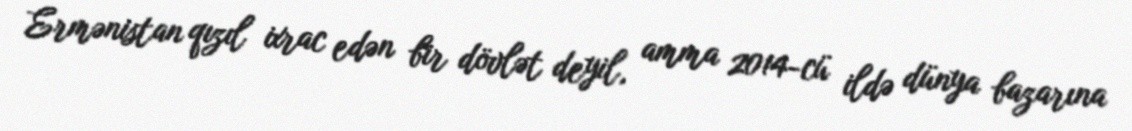
Ermənistan qızıl ixrac edən bir dövlət deyil, amma 2014-cü ildə dünya bazarına